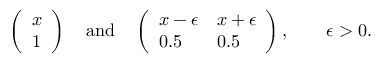
\left( \begin{array} { l } { x } \\ { 1 } \end{array} \right) \quad \mathrm { a n d } \quad \left( \begin{array} { l l } { x - \epsilon } & { x + \epsilon } \\ { 0 . 5 } & { 0 . 5 } \end{array} \right) , \qquad \epsilon > 0 .